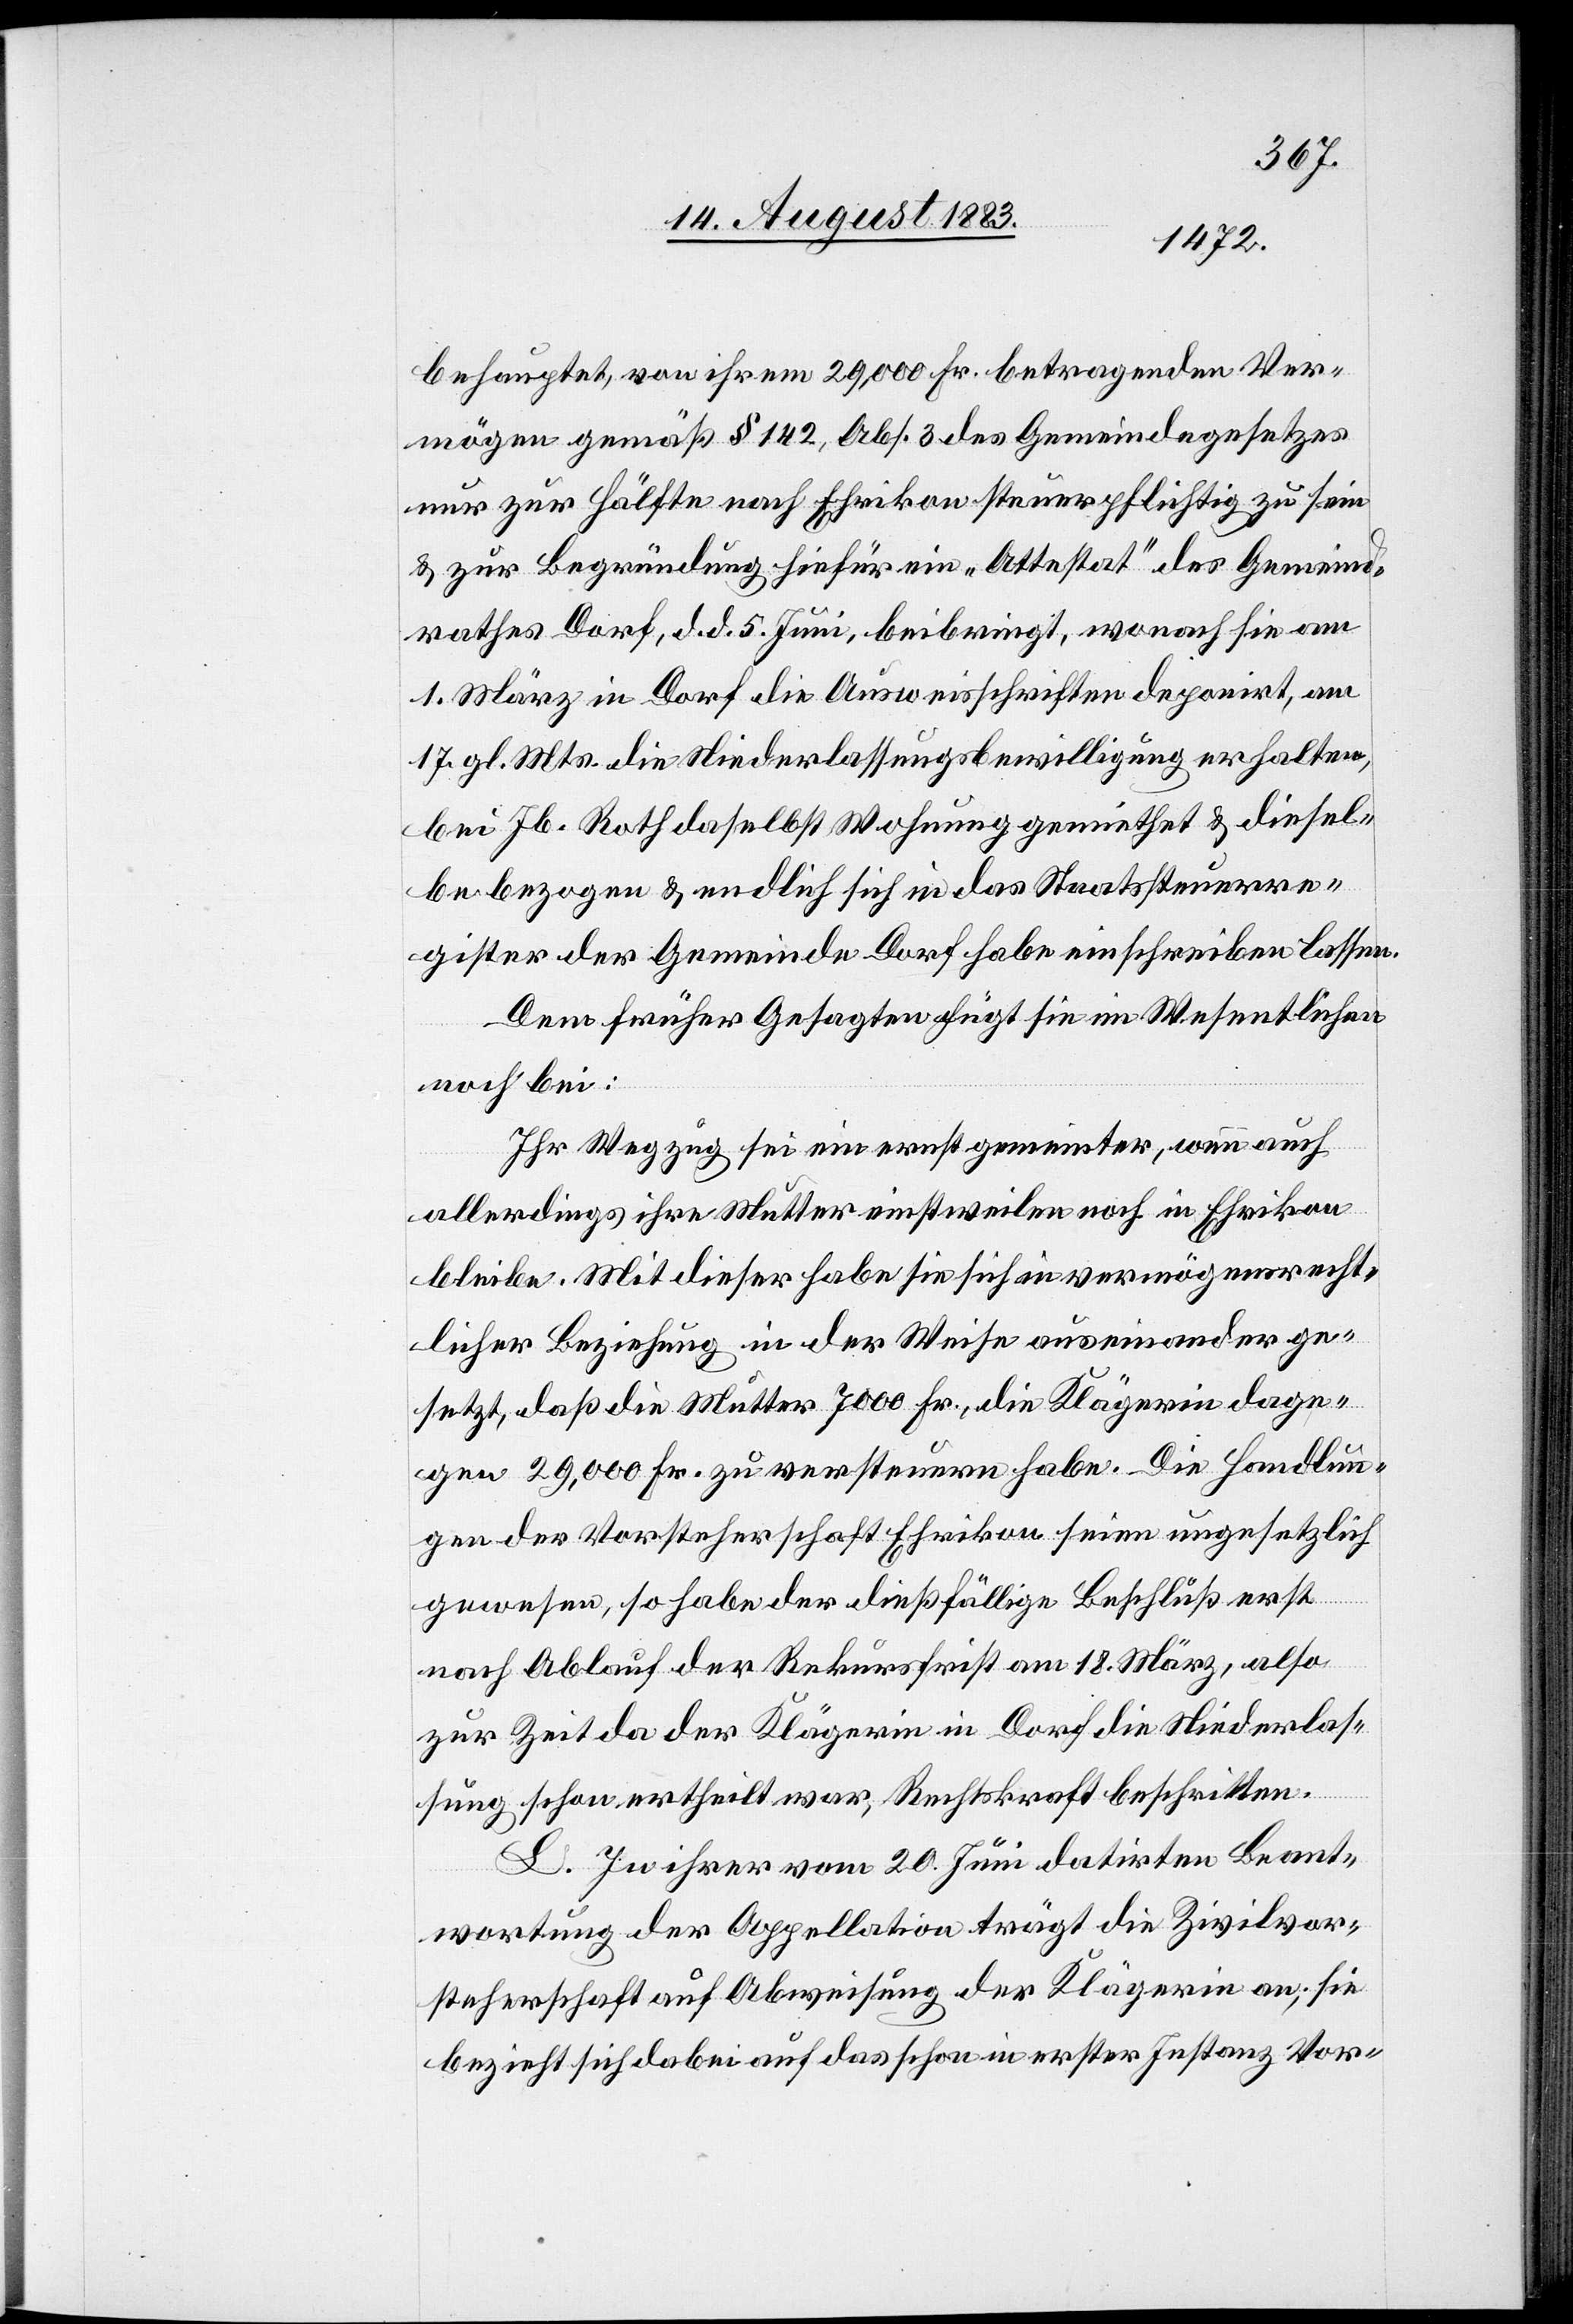
behauptet, von ihrem 29,000 Fr. betragenden Ver¬
mögen gemäß § 142, Abs. 3 des Gemeindegesetzes
nur zur Hälfte nach Ehrikon Steuerpflichtig zu sein
& zur Begründung hiefür ein „Attestat“ des Gemeind¬
rathes Dorf, d. d. 5. Juni, beibringt, wonach sie am
1. März in Dorf die Ausweisschriften deponirt, am
17. gl. Mts. die Niederlassungsbewilligung erhalten,
bei Jb. Roth daselbst Wohnung gemiethet & diesel¬
be bezogen & endlich sich in das Staatssteuerre¬
gister der Gemeinde Dorf habe einschreiben lassen.
Dem früher Gesagten fügt sie im Wesentlichen
Ihr Wegzug sei ein ernst gemeinter, wenn auch
allerdings ihre Mutter einstweilen noch in Ehrikon
bleibe. Mit dieser habe sie sich in vermögensrecht¬
licher Beziehung in der Weise auseinander ge¬
setzt, daß die Mutter 7000 Fr., die Klägerin dage¬
gen 29,000 Fr. zu versteuern habe. Die Handlun¬
gen der Vorsteherschaft Ehrikon seien ungesetzlich
gewesen, so habe der dießfällige Beschluß erst
nach Ablauf der Rekursschrift am 18. März, also
zur Zeit da der Klägerin in Dorf Niederlas¬
sung schon ertheilt war, Rechtskraft beschritten.
L. In ihrer vom 20. Juni datirten Beant¬
wortung der Appellation trägt die Zivilvor¬
steherschaft auf Abweisung der Klägerin an; sie
bezieht sich dabei auf das schon in erster Instanz Vor-